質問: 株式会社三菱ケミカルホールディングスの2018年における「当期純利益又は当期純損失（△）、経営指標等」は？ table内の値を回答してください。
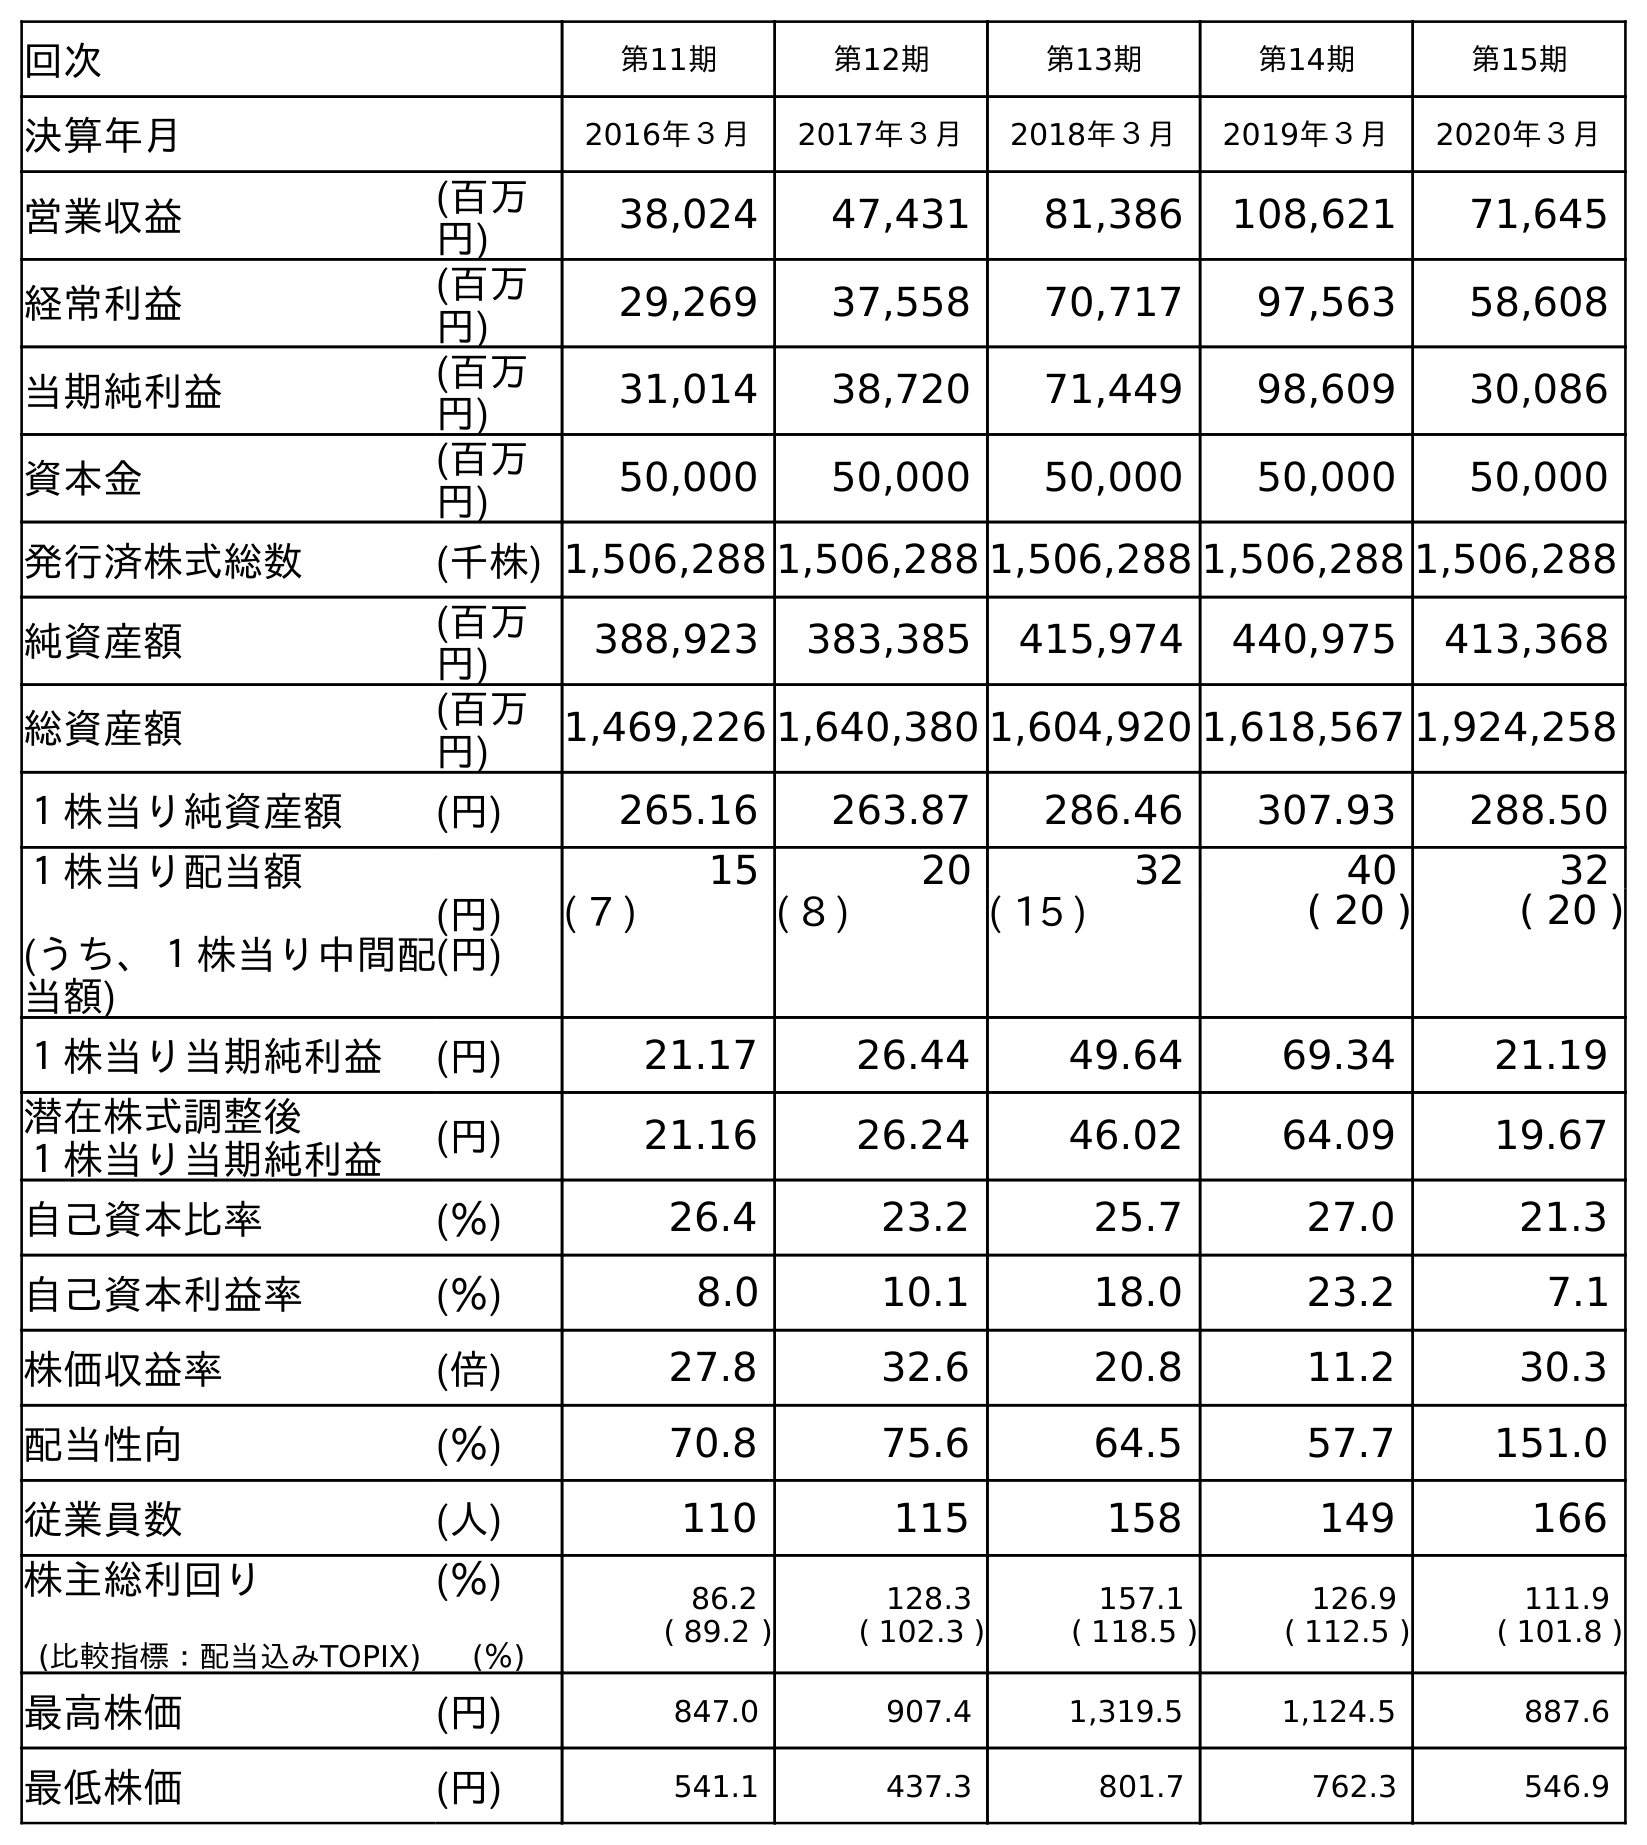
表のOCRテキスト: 回次 第11期 第12期 第13期 第14期 第15期 決算年月 2016年３月 2017年３月 2018年３月 2019年３月 2020年３月 営業収益 (百万 円) 38,024 47,431 81,386 108,621 71,645 経常利益 (百万 円) 29,269 37,558 70,717 97,563 58,608 当期純利益 (百万 円) 31,014 38,720 71,449 98,609 30,086 資本金 (百万 円) 50,000 50,000 50,000 50,000 50,000 発行済株式総数 (千株) 1,506,288 1,506,288 1,506,288 1,506,288 1,506,288 純資産額 (百万 円) 388,923 383,385 415,974 440,975 413,368 総資産額 (百万 円) 1,469,226 1,640,380 1,604,920 1,618,567 1,924,258 １株当り純資産額 (円) 265.16 263.87 286.46 307.93 288.50 １株当り配当額 (うち、１株当り中間配 当額) (円) (円) 15 20 32 40 32 ( 7 ) ( 8 ) ( 15 ) ( 20 ) ( 20 ) １株当り当期純利益 (円) 21.17 26.44 49.64 69.34 21.19 潜在株式調整後 １株当り当期純利益 (円) 21.16 26.24 46.02 64.09 19.67 自己資本比率 (％) 26.4 23.2 25.7 27.0 21.3 自己資本利益率 (％) 8.0 10.1 18.0 23.2 7.1 株価収益率 (倍) 27.8 32.6 20.8 11.2 30.3 配当性向 (％) 70.8 75.6 64.5 57.7 151.0 従業員数 (人) 110 115 158 149 166 株主総利回り (比較指標：配当込みTOPIX) (％) (％) 86.2 ( 89.2 ) 128.3 ( 102.3 ) 157.1 ( 118.5 ) 126.9 ( 112.5 ) 111.9 ( 101.8 ) 最高株価 (円) 847.0 907.4 1,319.5 1,124.5 887.6 最低株価 (円) 541.1 437.3 801.7 762.3 546.9
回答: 71,449